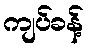
ကျပ်ခန့်